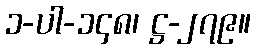
၁-ပါ-၁၄၈၊ ဋ္ဌ-၂၇၉။